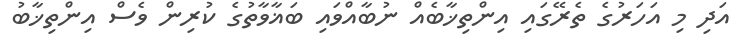
އަދި މި އަހަރުގެ ތެރޭގައި އިންތިޚާބެއް ނުބާއްވައި ބަޣާވާތުގެ ކުރިން ވެސް އިންތިޚާބު